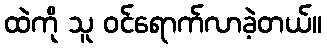
ထဲကို သူ ဝင်ရောက်လာခဲ့တယ်။